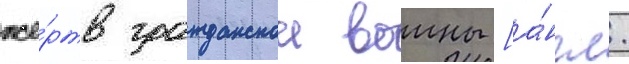
же́ртв гражданскои воины [а́нгл.